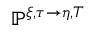
\mathbb { P } ^ { \xi , \tau \rightarrow \eta , T }